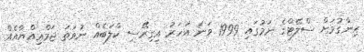
ހިންގުމަށް ސްލޭޓްގެ ނަމުގައި 1999 ވަނަ އަހަރު އިގިރޭސި ކްލަބެއް ނުވަތަ ޖަމްޢިއްޔާއެއް